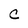
Character: C